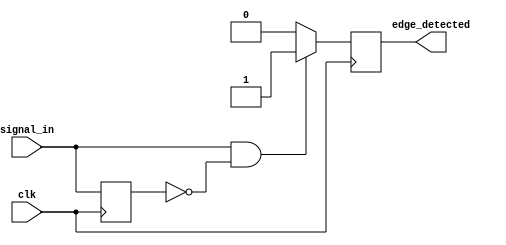
module rising_edge_detector (
    input wire clk,            // Clock signal
    input wire signal_in,      // Input signal to detect rising edge
    output reg edge_detected   // Output signal indicating rising edge
);

// Internal register to hold the previous state of signal_in
reg signal_prev;

// Initialize the previous signal state
initial begin
    signal_prev = 1'b0; // Assuming initial state is low
    edge_detected = 1'b0; // Initialize edge_detected to low
end

// Rising edge detection logic
always @(posedge clk) begin
    // Check for rising edge
    if (signal_in == 1'b1 && signal_prev == 1'b0) begin
        edge_detected <= 1'b1; // Set edge_detected high
    end else begin
        edge_detected <= 1'b0; // Reset edge_detected
    end
    
    // Update previous signal state
    signal_prev <= signal_in; // Store current state for next cycle
end

endmodule